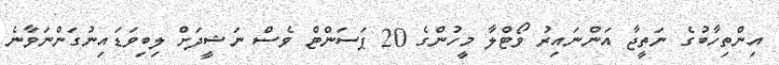
އިންތިހާބުގެ ނަތީޖާ އަންނައިރު ވޯޓްލާ މީހުންގެ 20 ޕަސަންޓް ވެސް ނަޝީދަށް ލިބިވަޑައިނުގަންނަވާނެ